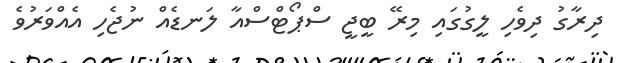
ދިރާގު ދިވެހި ލީގުގައި މިރޭ ބީޖީ ސްޕޯޓްސްއާ ލަނޑެއް ނުޖެހި އެއްވަރުވެ